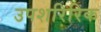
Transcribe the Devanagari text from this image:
उपशरिरिक